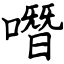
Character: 噆